Vaccine operations Central Provinces 1900-1911 - 1900-1911
Year: 1900
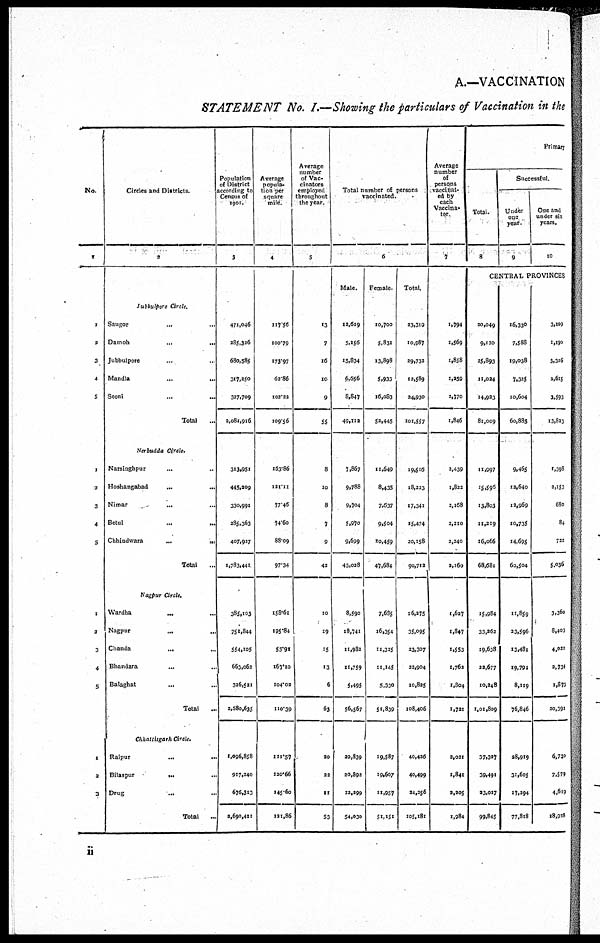
A.—VACCINATION
STATEMENT No. I.—Showing the particulars of Vaccination in the
No.
1
1
3
3
4
5
1
3
3
4
5
1
2
3
4
5
1
2
3
Circles and Districts.
2
Jubbulpore Circle.
Saugor... ...
D a m o h . . .
...
Jubbulpore... ...
Mandla
...
...
Seoni... ...
Total...
Nerbudda Circle.
Narsinghpur... ...
Hoshangabad...
...
N i m a r . . . ..
Betul... ...
Chhindwara...
...
Total...
Nagpur Circle.
Wardha... ...
N a g p u r . . .
...
C h a n d a . . . ...
Bhandara... ...
Balaghat... ...
Total...
Chhattisgarh Circle.
Raipur... ...
Bilaspur... ...
Drug...
...
Total...
Population
of District
according to
Census of
1901.
3
471,046
285,326
680,585
317,250
327,709
2,081,916
313,951
445,209
330,991
285,363
407,927
1,783,441
385,103
751,844
554,105
663,062
326,521
2,580,635
1,096,858
917,240
676,313
2,690,411
Average
popula¬
tion per
square
mile.
4
117.56
100.79
173.97
62.86
102.22
109.56
163.86
121.11
77.46
74.60
88.09
97.34
158.61
195.84
55.91
167.10
104.02
110.39
111.57
120.66
145.60
121,86
Average
number
of Vac-
cinators
employed
throughout
the year.
5
13
7
16
10
9
55
8
10
8
7
9
42
10
19
15
13
6
63
20
22
11
53
Total number of persons
vaccinated.
6
Male.
12,619
5,156
15,834
6,656
8,847
49,112
7,867
9,788
9,704
5,970
9,699
43,028
8,590
18,741
11,982
11,759
5,495
56,567
20,839
20,892
12,299
54,030
Female.
10,700
5,831
13,898
5,933
16,083
52,445
11,649
8,435
7,637
9,504
10,459
47,684
7,685
16,354
11,325
11,145
5,330
51,839
19,587
10,607
11,957
51,151
Total.
23,319
10,987
29,732
12,589
24,930
101,557
19,516
18,223
17,341
15,474
20,158
90,712
16,275
35,095
23,307
22,904
10,825
108,406
40,426
40,499
24,256
105,181
Average
number
of
persons
vaccinat-
ed by
each
Vaccina¬
tor.
7
1,794
1,569
1,858
1,259
2,770
1,846
2,439
1,822
2,168
2,210
2,240
2,160
1,627
1,847
1,553
1,762
1,804
1,721
2,021
1,841
2,205
1,984
Primary
Successful.
Total.
8
Under
one
year.
9
One and
under six
years.
10
CENTRAL PROVINCES
20,049
9,130
25,893
11,024
14,923
81,009
11,997
15,596
13,803
11,219
16,066
68,681
15,984
33,262
19,638
22,677
10,248
1,01,809
37,327
39,491
23,027
99,845
16,330
7,588
19,038
7,325
10,604
60,885
9,465
12,640
12,969
10,735
14,695
60,504
11,859
23,596
13,481
19,791
8,119
76,846
28,919
31,605
17,294
77,818
3,109
1,190
3,316
2,615
3,593
13,823
1,398
2,153
680
84
722
5,036
3,360
8,403
4,022
2,734
1,873
20,391
6,730
7,579
4,619
18,918
ii